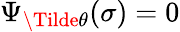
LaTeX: \Psi_{\Tilde{\theta}}(\sigma)=0